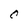
Character: C